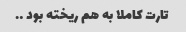
تارت کاملا به هم ریخته بود ….